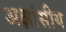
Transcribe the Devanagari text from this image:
अक्षांसीय